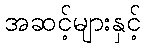
အဆင့်များနှင့်